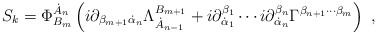
\begin{align*}S_k=\Phi_{B_m}^{\dot A_n}\left( i\partial_{ \beta_{m+1}\dot\alpha_n}\Lambda^{B_{m+1}}_{\dot A_{n-1}}+i\partial^{\beta_1}_{\dot\alpha_1}\cdots i\partial^{\beta_n}_{\dot \alpha_n}\Gamma^{\beta_{n+1}\cdots \beta_m}\right)\ , \end{align*}